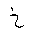
Letter: _kha